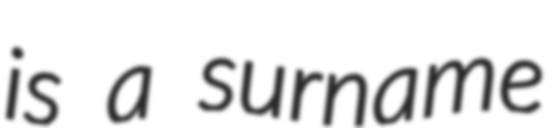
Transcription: is a surname